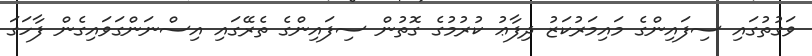
ވަގުތުގައި ސިފައިންގެ މައިމަރުކަޒު ދިފާޢު ކުރުމުގެ ގޮތުން ސިފައިންގެ ތެރޭގައި އިސްނަންގަވައިގެން ފާހަގަ